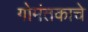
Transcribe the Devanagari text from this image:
गोमंतकाचे